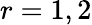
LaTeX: r=1,2